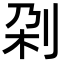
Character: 刴